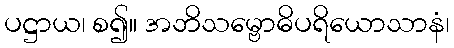
ပဋ္ဌာယ၊ စ၍။ အဘိသမ္ဗောဓိပရိယောသာနံ၊